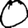
Digit: 0